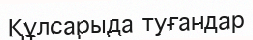
Құлсарыда туғандар